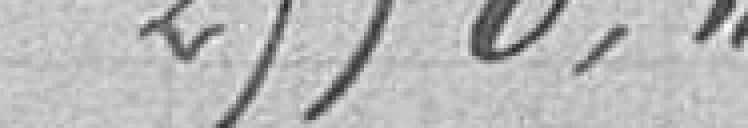
2550,"